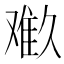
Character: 𱍾